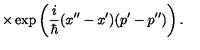
\times \exp \left( { \frac { i } { \hbar } } ( x ^ { \prime \prime } - x ^ { \prime } ) ( p ^ { \prime } - p ^ { \prime \prime } ) \right) .